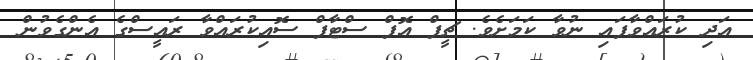
އަދި ކުރައްވާފައި ނުވާ ކަމަށެވެ. ޗީފް އޮފް ސްޓާފް ސޮއިކުރައްވާ ރައީސްގެ އެންގެވުން